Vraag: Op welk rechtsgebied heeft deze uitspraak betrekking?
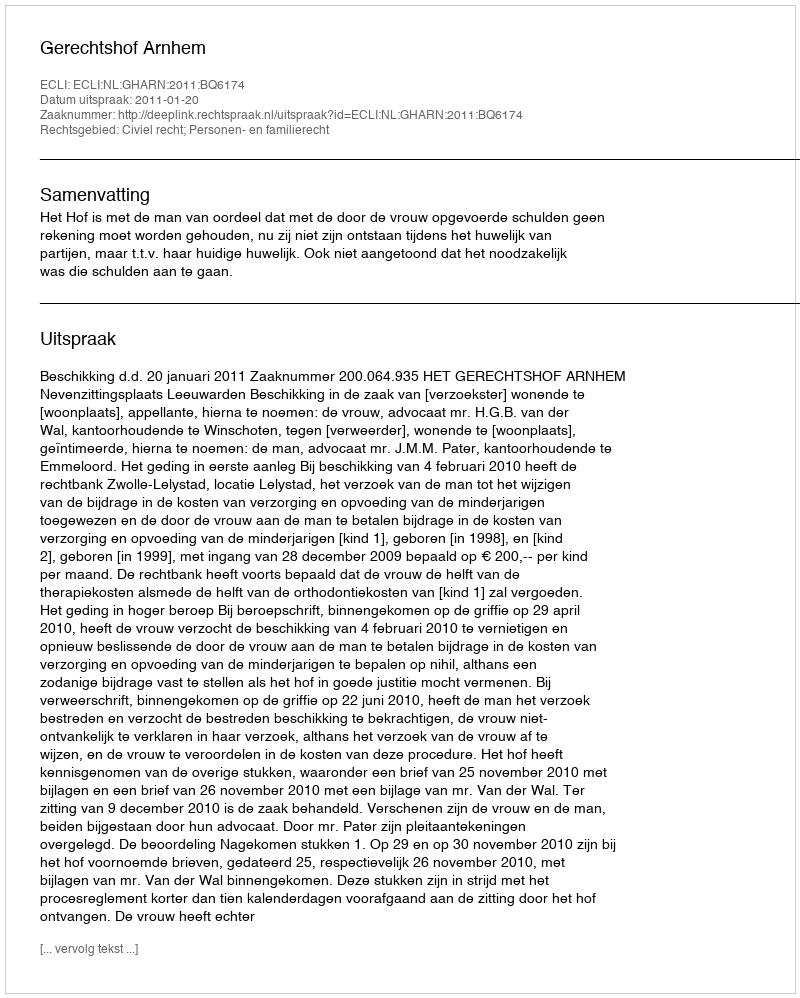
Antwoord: Civiel recht; Personen- en familierecht